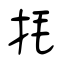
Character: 㧌